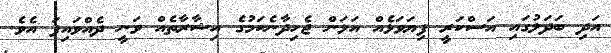
އަދި ބަދަލުގައި އަސްކަރީ ފިޔަވަޅެއް އަޅަން ޖެހިދާނެކަމުގެ އިޝާރާތެއް ވަނީ ދެއްވައިފަ އެވެ.